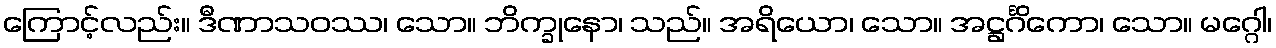
ကြောင့်လည်း။ ဒီဏာသဝဿ၊ သော။ ဘိက္ခုနော၊ သည်။ အရိယော၊ သော။ အဋ္ဌင်္ဂိကော၊ သော။ မဂ္ဂေါ၊